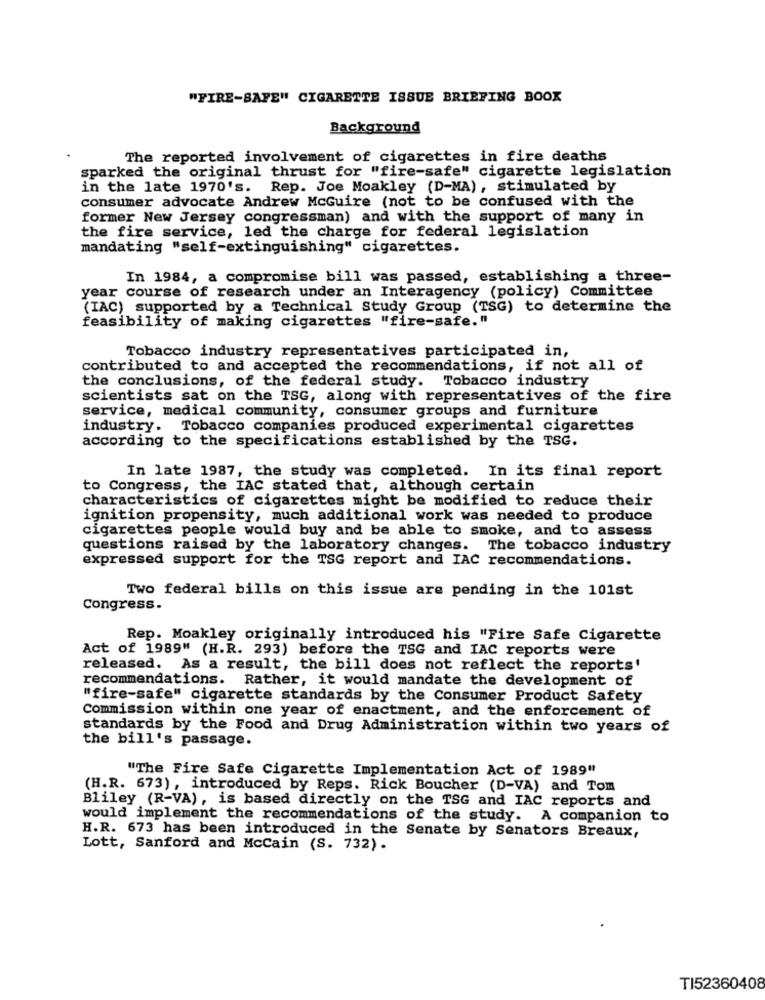
"FIRE-SAFE" CIGARETTE ISSUE BRIEFING BOOK
Background
The reported involvement of cigarettes in fire deaths
sparked the original thrust for "fire-safe" cigarette legislation
in the late 1970's. Rep. Joe Moakley (D-MA), stimulated by
consumer advocate Andrew McGuire (not to be confused with the
former New Jersey congressman) and with the support of many in
the fire service, led the charge for federal legislation
mandating "self-extinguishing" cigarettes.
In 1984, a compromise bill was passed, establishing a three-
year course of research under an Interagency (policy) Committee
(IAC) supported by a Technical Study Group (TSG) to determine the
feasibility of making cigarettes "fire-safe."
Tobacco industry representatives participated in,
contributed to and accepted the recommendations, if not all of
the conclusions, of the federal study. Tobacco industry
scientists sat on the TSG, along with representatives of the fire
service, medical community, consumer groups and furniture
industry. Tobacco companies produced experimental cigarettes
according to the specifications established by the TSG.
In late 1987, the study was completed. In its final report
to Congress, the IAC stated that, although certain
characteristics of cigarettes might be modified to reduce their
ignition propensity, much additional work was needed to produce
cigarettes people would buy and be able to smoke, and to assess
questions raised by the laboratory changes. The tobacco industry
expressed support for the TSG report and IAC recommendations.
Two federal bills on this issue are pending in the 101st
Congress.
Rep. Moakley originally introduced his "Fire Safe Cigarette
Act of 1989" (H.R. 293) before the TSG and IAC reports were
released. As a result, the bill does not reflect the reports'
recommendations. Rather, it would mandate the development of
"fire-safe" cigarette standards by the Consumer Product Safety
Commission within one year of enactment, and the enforcement of
standards by the Food and Drug Administration within two years of
the bill's passage.
"The Fire Safe Cigarette Implementation Act of 1989"
(H.R. 673), introduced by Reps. Rick Boucher (D-VA) and Tom
Bliley (R-VA), is based directly on the TSG and IAC reports and
would implement the recommendations of the study. A companion to
H.R. 673 has been introduced in the Senate by Senators Breaux,
Lott, Sanford and McCain (S. 732).
TI52360408